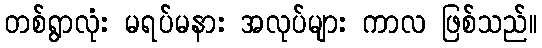
တစ်ရွာလုံး မရပ်မနား အလုပ်များ ကာလ ဖြစ်သည်။